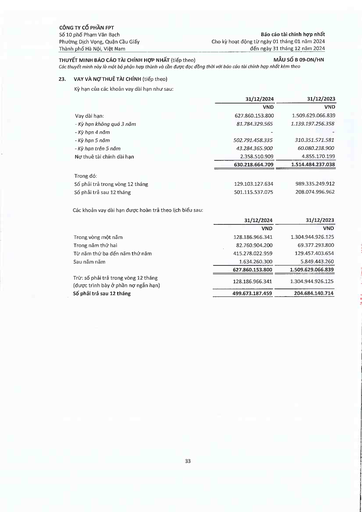
||31/12/2024|31/12/2023| |---|---|---| ||VND|VND| |Vay dài hạn:|627.860.153.800|1.509.629.066.839| |- Kỳ hạn không quá 3 năm|81.784.329.565|1.139.197.256.358| |- Kỳ hạn 4 năm|-|| |- Kỳ hạn 5 năm|502.791.458.335|310.351.571.581| |- Kỳ hạn trên 5 năm|43.284.365.900|60.080.238.900| |Nợ thuê tài chính dài hạn|2.358.510.909|4.855.170.199| ||630.218.664.709|1.514.484.237.038| |Trong đó:||| |Số phải trả trong vòng 12 tháng|129.103.127.634|989.335.249.912| |Số phải trả sau 12 tháng|501.115.537.075|208.074.996.962| ||31/12/2024|31/12/2023| |---|---|---| ||VND|VND| |Trong vòng một năm|128.186.966.341|1.304.944.926.125| |Trong năm thứ hai|82.760.904.200|69.377.293.800| |Từ năm thứ ba đến năm thứ năm|415.278.022.959|129.457.403.654| |Sau năm năm|1.634.260.300|5.849.443.260| ||627.860.153.800|1.509.629.066.839| |Trừ: Số phải trả trong vòng 12 tháng (được trình bày ở phần nợ ngắn hạn)|128.186.966.341|1.304.944.926.125| |Số phải trả sau 12 tháng|499.673.187.459|204.684.140.714|